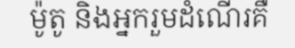
ម៉ូតូ និងអ្នករួមដំណើរគឺ